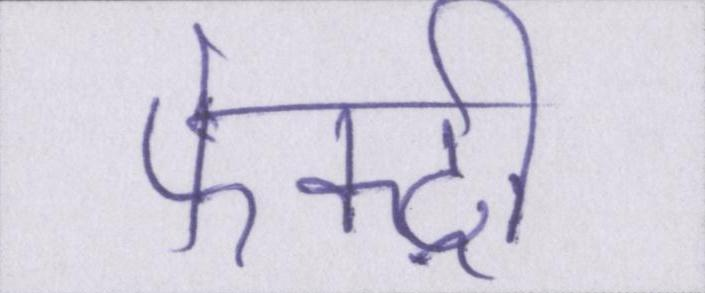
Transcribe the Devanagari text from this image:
फेक्ट्री